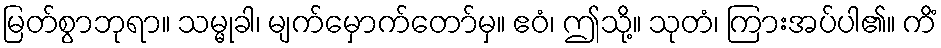
မြတ်စွာဘုရာ။ သမ္မုခါ၊ မျက်မှောက်တော်မှ။ ဧဝံ၊ ဤသို့။ သုတံ၊ ကြားအပ်ပါ၏။ ကိံ